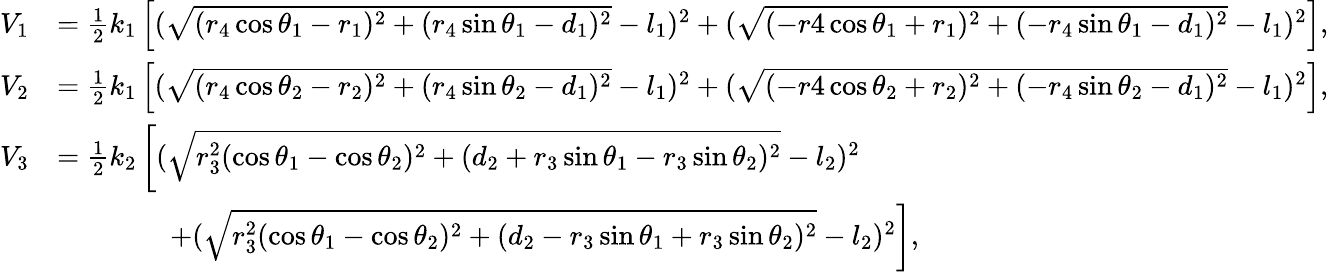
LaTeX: \begin{array}{rl}{V_{1}}&{=\frac{1}{2}k_{1}\left[(\sqrt{(r_{4}\cos\theta_{1}-r_{1})^{2}+(r_{4}\sin\theta_{1}-d_{1})^{2}}-l_{1})^{2}+(\sqrt{(-r4\cos\theta_{1}+r_{1})^{2}+(-r_{4}\sin\theta_{1}-d_{1})^{2}}-l_{1})^{2}\right],}\\ {V_{2}}&{=\frac{1}{2}k_{1}\left[(\sqrt{(r_{4}\cos\theta_{2}-r_{2})^{2}+(r_{4}\sin\theta_{2}-d_{1})^{2}}-l_{1})^{2}+(\sqrt{(-r4\cos\theta_{2}+r_{2})^{2}+(-r_{4}\sin\theta_{2}-d_{1})^{2}}-l_{1})^{2}\right],}\\ {V_{3}}&{=\frac{1}{2}k_{2}\left[(\sqrt{r_{3}^{2}(\cos\theta_{1}-\cos\theta_{2})^{2}+(d_{2}+r_{3}\sin\theta_{1}-r_{3}\sin\theta_{2})^{2}}-l_{2})^{2}\right.}\\ &{\qquad\qquad\left.+(\sqrt{r_{3}^{2}(\cos\theta_{1}-\cos\theta_{2})^{2}+(d_{2}-r_{3}\sin\theta_{1}+r_{3}\sin\theta_{2})^{2}}-l_{2})^{2}\right],}\end{array}